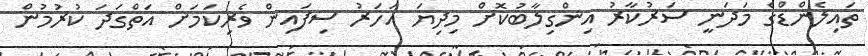
ތައިލެންޑްގެ މަދަނީ ސަރުކާރު އިންގިލާބުކޮށް މިދިޔަ އަހަރު ސިފައިން ވެރިކަމަށް އަތްގަދަ ކުރުމުން